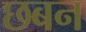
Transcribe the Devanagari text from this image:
छबन